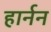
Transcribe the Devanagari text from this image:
हार्नन